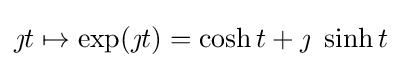
\jmath t\mapsto \exp(\jmath t)=\cosh t+\jmath \ \sinh t